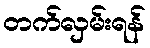
တက်လှမ်းရန်